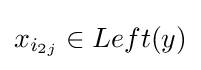
x_{i_{2j}}\in Left(y)